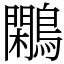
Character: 鷴